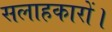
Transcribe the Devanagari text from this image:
सलाहकारों।